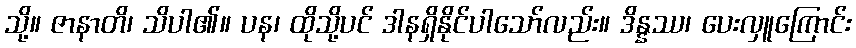
သို့။ ဇာနာတိ၊ သိပါ၏။ ပန၊ ထိုသို့ပင် ဒါနရှိနိုင်ပါသော်လည်း။ ဒိန္နဿ၊ ပေးလှူကြောင်း